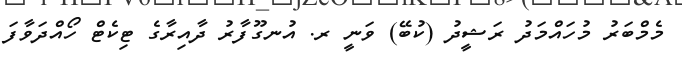
މެމްބަރު މުހައްމަދު ރަޝީދު (ކުބޭ) ވަނީ ރ. އުނގޫފާރު ދާއިރާގެ ޓިކެޓް ހޯއްދަވާފަ